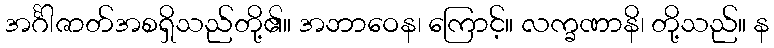
အင်္ဂါဇာတ်အစရှိသည်တို့၏။ အဘာဝေန၊ ကြောင့်။ လက္ခဏာနိ၊ တို့သည်။ န